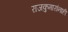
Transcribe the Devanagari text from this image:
राजकुमारांनाही